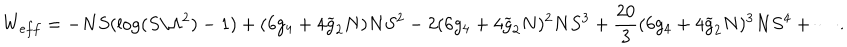
LaTeX: W _ { e f f } = - N S ( \log ( S / \Lambda ^ { 2 } ) - 1 ) + ( 6 g _ { 4 } + 4 \widetilde { g } _ { 2 } N ) N S ^ { 2 } - 2 ( 6 g _ { 4 } + 4 \widetilde { g } _ { 2 } N ) ^ { 2 } N S ^ { 3 } + \frac { 2 0 } { 3 } ( 6 g _ { 4 } + 4 \widetilde { g } _ { 2 } N ) ^ { 3 } N S ^ { 4 } + \cdots .